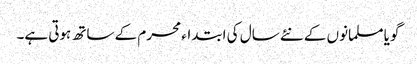
گویا مسلمانوں کے نئے سال کی ابتداء محرم کے ساتھ ہوتی ہے۔